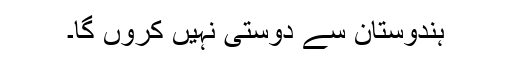
ہندوستان سے دوستی نہیں کروں گا۔